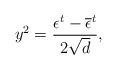
LaTeX: \begin{align*}y^{2} = \frac{\epsilon^{t}-\overline{\epsilon}^{t}}{2 \sqrt{d}}, \end{align*}